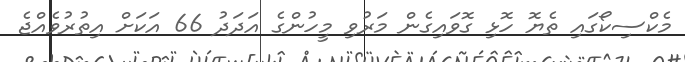
މެކްސިކޯގައި ތެޔޮ ހޮޅި ގޮވައިގެން މަރުވި މީހުންގެ އަދަދު 66 އަކަށް އިތުރުވެއްޖެ